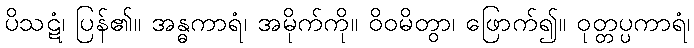
ပိသဋံ၊ ပြန်၏။ အန္ဓကာရံ၊ အမိုက်ကို။ ဝိဝမိတွာ၊ ဖြောက်၍။ ဝုတ္တပ္ပကာရံ၊